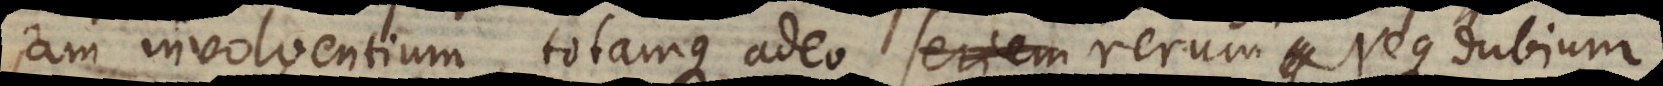
jam involventium, totamque adeo rerum seriem cui